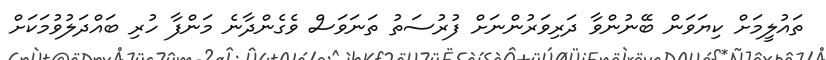
ތައުލީމަށް ކިޔަވަން ބޭނުންވާ ދަރިވަރުންނަށް ފުރުސަތު ތަނަވަސް ވެގެންދާނެ މަންފާ ހުރި ބައްދަލުވުމަކަށް